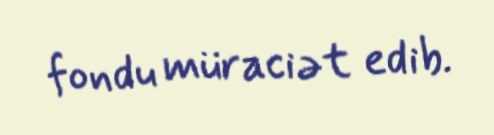
fondu müraciət edib.